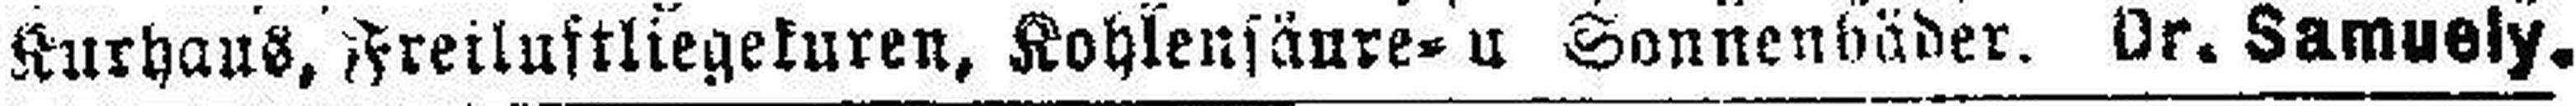
Kurhaus, Freilustliegekuren, Kohlensäure- u Sonnenbäder. Dr. Samuely.